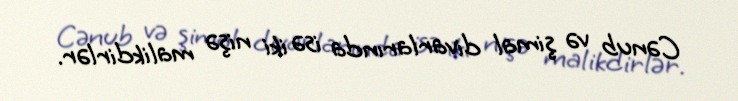
Cənub və şimal divarlarında isə iki nişə malikdirlər.